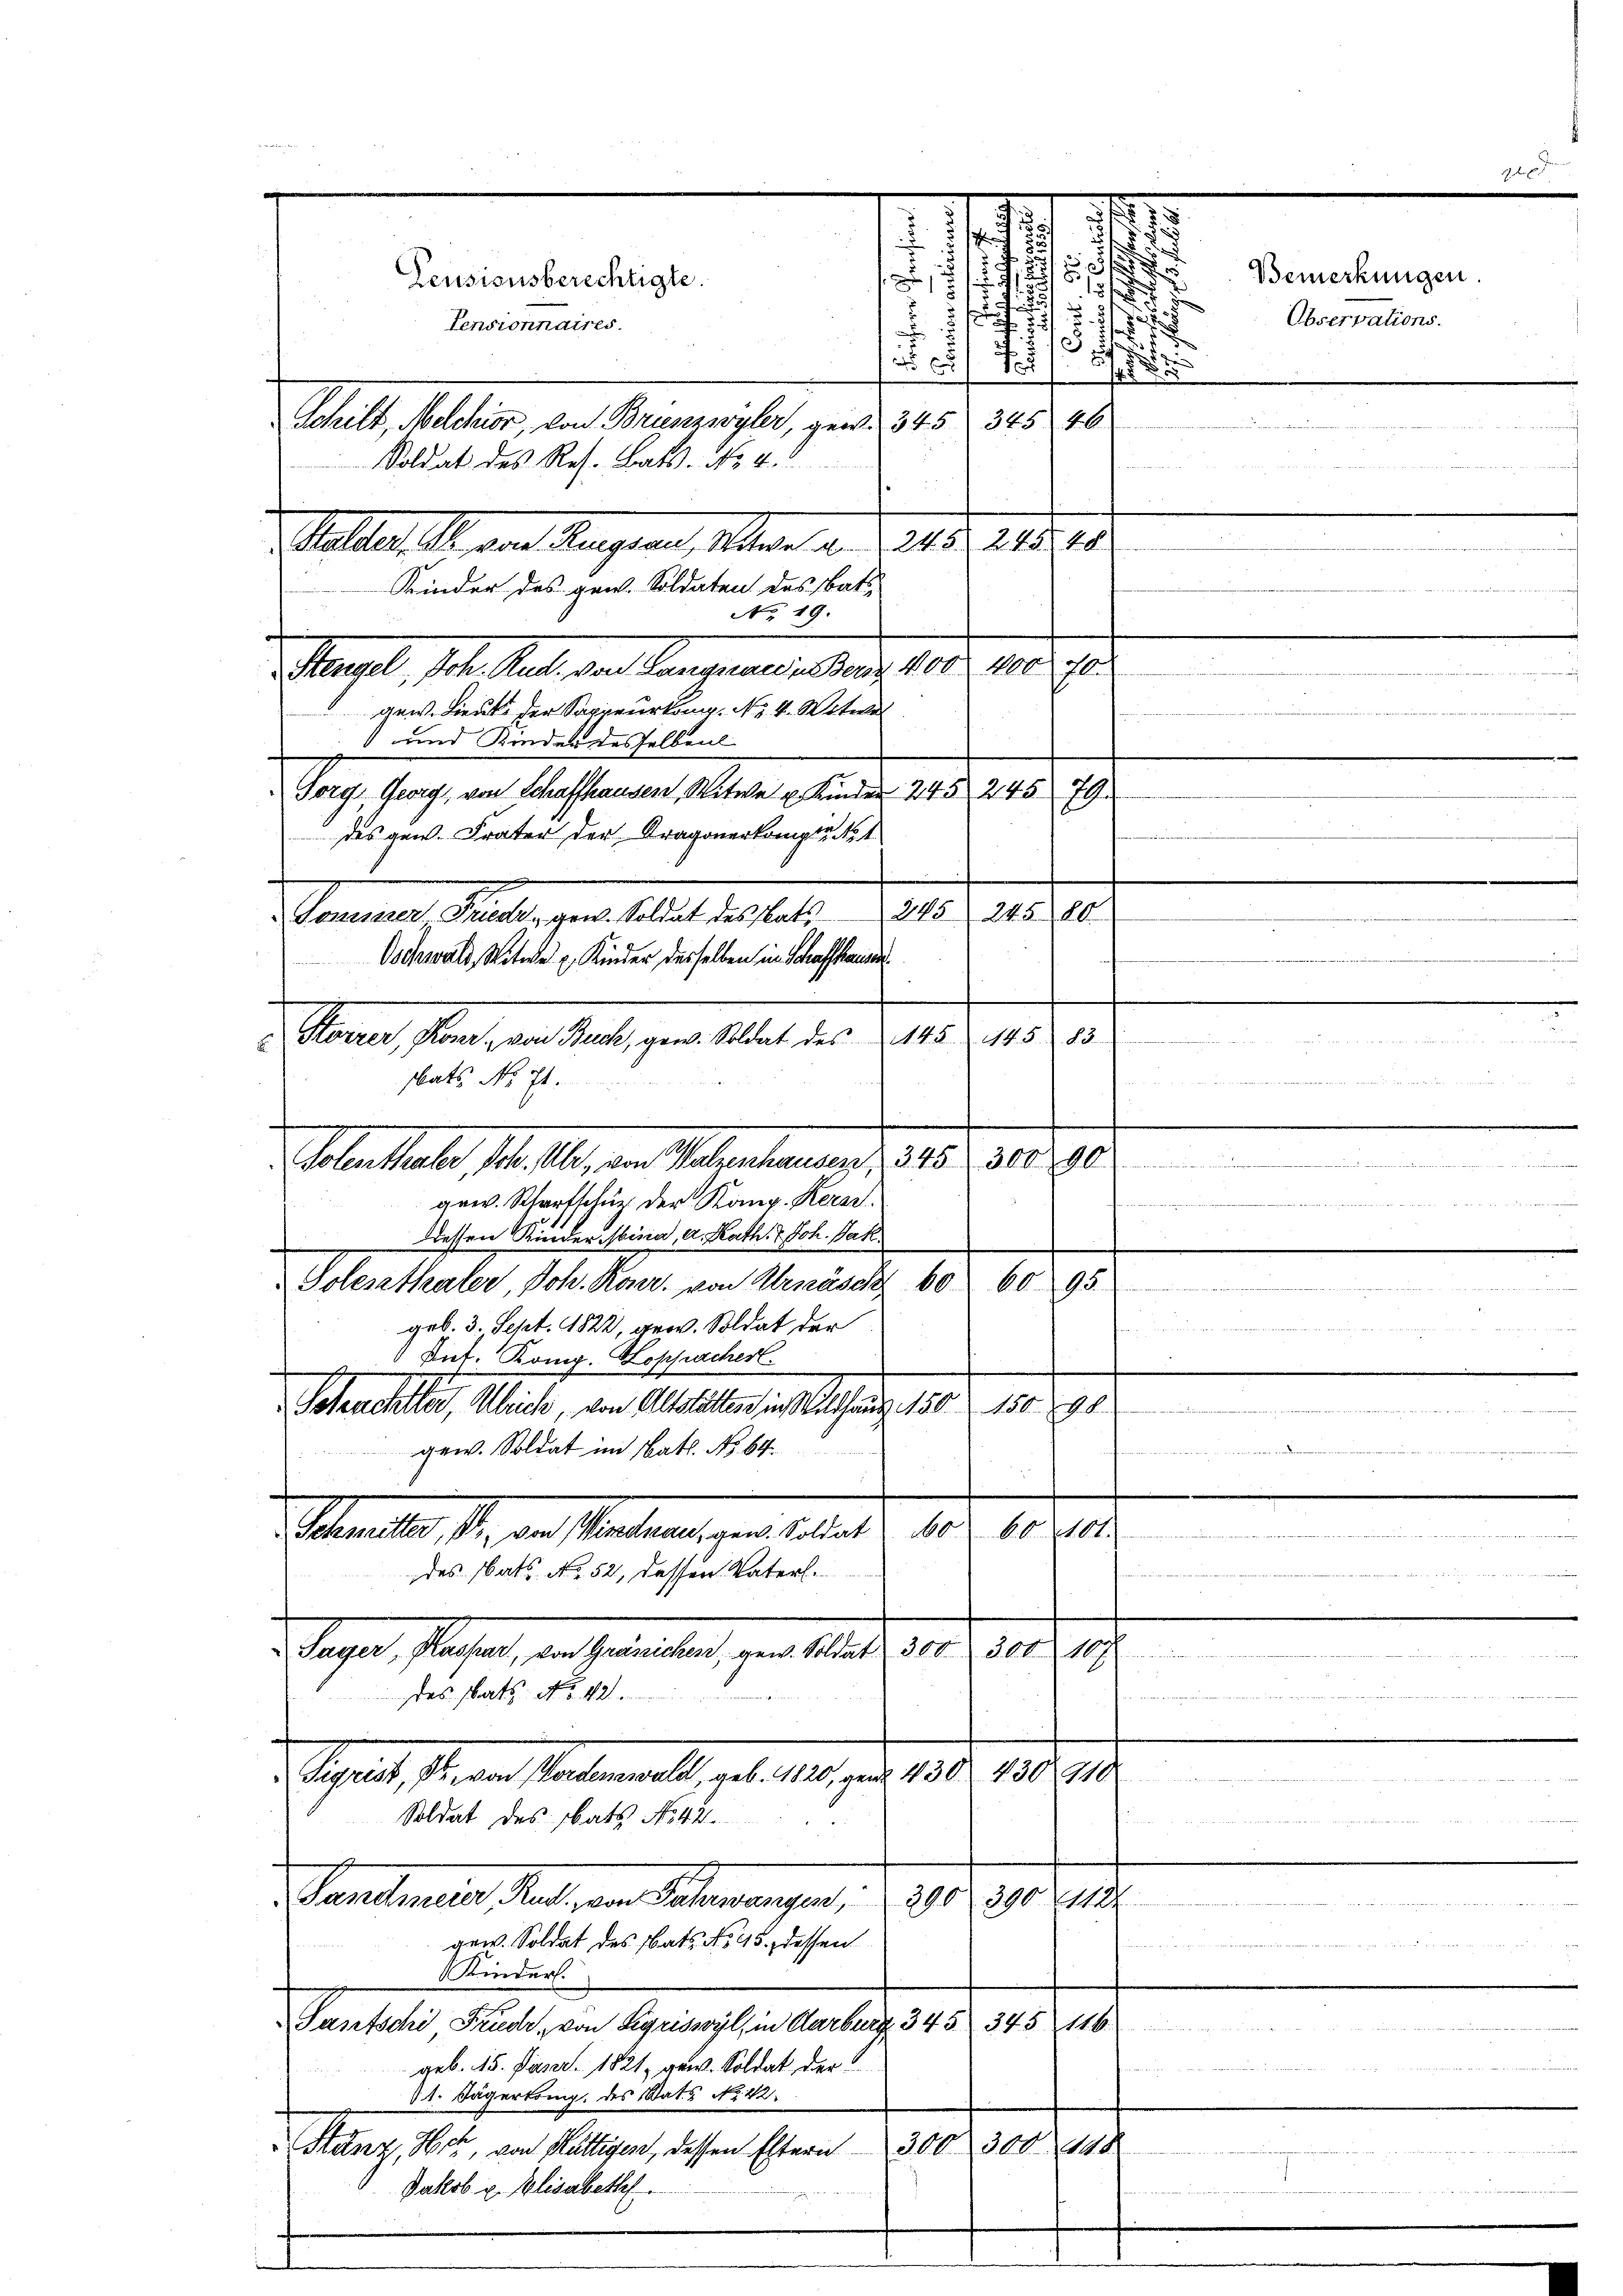
s
d
u
2. 5
5
.
d
r
 E

Schilt, Melchior, von Brunzwyler, gew. 345 345 46
Steller, S. von Kaplan über d. d. 18. 218, 15
No 19.
Stengel, Joh. Rud. von Langnau in Benz. 400. 400 so
gew. Lieute der Sappeurkung. No. 4. Witwe
 und Kinder desselben
Gorg Georg, von Schaffhausen, Witwe u. Kinden 24 § 245
29.
des gen. Frater der Dragonerkomptant
¬
Sonessser Friedr. gew. Soldat des tats 245 245. 80
Oschwald, Witwe u. Kinder desselben in Schaffhaus
145. 145 83.
Gerner sein, an diese gern aber der
n
bats No 71
rung
Abenthal, d. M. an Mal gestamens 1 485. 1890
gew. Scharfschuz der Kong. Kerar
dessen Kinder bina, a. Rath. 7. Joh. Jak.
Tolesthaler, Joh. Konr. von Arnäscht 60. 60 95
geb. 3. Sept. 1822, gew. Soldat der
Pns. Kong. Hoppacherl
Isterchtler, Ulrich, von Altstättes in Wildhaus 150 150. 198.

gew. Soldat im Nath. No. 64.
10. 10.
Steamtes, sie von Platerliegen de laute, der
des Cats No. 52, dessen Vaterl.
ayer, Prasar, in Gemeinden, ein Mater der de sehe
des tats No. 421.
 Sigrist, Man sandten alt, geb. 180, u. 1835. 1818. 214.
Soldat des bats No 42.
Pandmeier, Rud. von Sachwangen 300, 390 212
gew. Soldat des Bats No. 45. dessen
Kinder.
Santsche Fruder, von Sigriswyl, in Aarburg. 345 345 116.

geb. 15. Janr. 1821, gew. Soldat der
11. Jägertonig, des Stats No. 42.
300. 300 1848
Stanz, Hotz, von Hüttigen, dessen Eltern
Jakob u. Elisabeth

Soldat des Res. Bats. No. 4.
Kinder des gew. Soldaten des Bati

Teusionsberechtigte.
Tensionnaires.

d
s

Bemerkungen.
.
Observations.
i